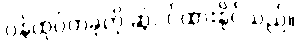
ဝန်ထုပ်တခုကို ဆွဲငင်ထားနိုင်သည်။